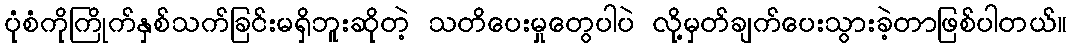
ပုံစံကိုကြိုက်နှစ်သက်ခြင်းမရှိဘူးဆိုတဲ့ သတိပေးမှုတွေပါပဲ လို့မှတ်ချက်ပေးသွားခဲ့တာဖြစ်ပါတယ်။